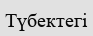
Түбектегі